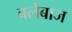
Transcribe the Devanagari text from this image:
बलेबाज